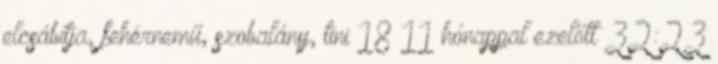
elcsábítja, fehérnemű, szobalány, tini 18 11 hónappal ezelőtt 32:23